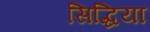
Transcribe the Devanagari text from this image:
सिद्धिया